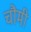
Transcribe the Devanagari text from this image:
चौमी